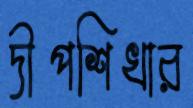
দীপশিখার